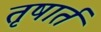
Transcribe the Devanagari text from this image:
तृषार्त